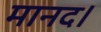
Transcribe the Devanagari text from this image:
मानद।